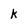
Character: k